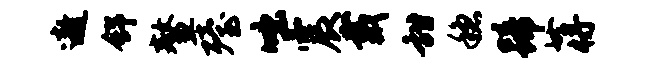
遨舒鳌殪咄震戴甜稳蹄蒋